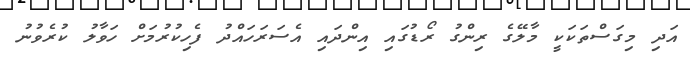
އަދި މިގަސްތަކަކީ މާލޭގެ ރިންގު ރޯޑުގައި އިންދައި އެސަރަހައްދު ފެހިކުރުމަށް ހަވާލު ކުރެވުނު